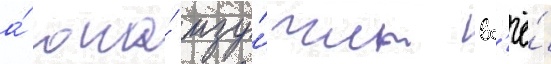
а́ она́ изу́чит вс'ё́